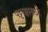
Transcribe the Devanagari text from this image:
पट्टयासाठी